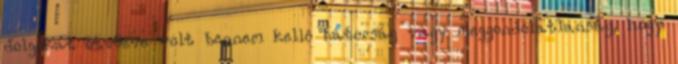
dolgokat ötvözve volt bennem kellô bátorság vagy meggondolatlanság, hogy